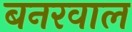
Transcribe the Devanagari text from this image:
बनरवाल